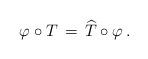
LaTeX: \begin{align*}\varphi\circ T\,=\, \widehat{T}\circ\varphi\, .\end{align*}